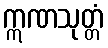
ဣဏသုတ္တံ